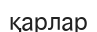
қарлар